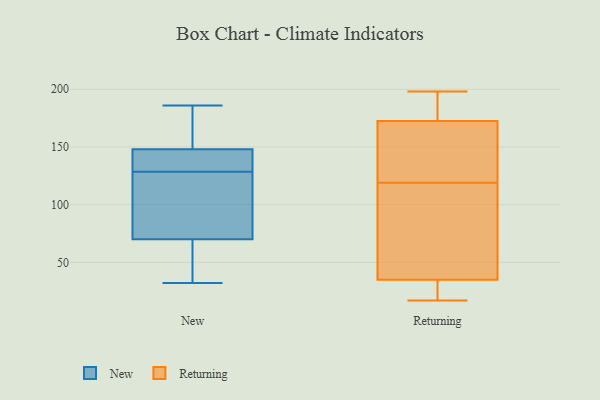
{"axis": {"x": "Population (Million)", "y": "Value"}, "legend": ["New", "Returning"], "data": [{"x": "", "y": 169, "type": "New"}, {"x": "", "y": 125, "type": "New"}, {"x": "", "y": 141, "type": "New"}, {"x": "", "y": 32, "type": "New"}, {"x": "", "y": 131, "type": "New"}, {"x": "", "y": 67, "type": "New"}, {"x": "", "y": 143, "type": "New"}, {"x": "", "y": 55, "type": "New"}, {"x": "", "y": 101, "type": "New"}, {"x": "", "y": 126, "type": "New"}, {"x": "", "y": 153, "type": "New"}, {"x": "", "y": 54, "type": "New"}, {"x": "", "y": 140, "type": "New"}, {"x": "", "y": 186, "type": "New"}, {"x": "", "y": 73, "type": "New"}, {"x": "", "y": 78, "type": "New"}, {"x": "", "y": 43, "type": "New"}, {"x": "", "y": 163, "type": "New"}, {"x": "", "y": 159, "type": "New"}, {"x": "", "y": 134, "type": "New"}, {"x": "", "y": 138, "type": "Returning"}, {"x": "", "y": 141, "type": "Returning"}, {"x": "", "y": 196, "type": "Returning"}, {"x": "", "y": 183, "type": "Returning"}, {"x": "", "y": 26, "type": "Returning"}, {"x": "", "y": 17, "type": "Returning"}, {"x": "", "y": 119, "type": "Returning"}, {"x": "", "y": 198, "type": "Returning"}, {"x": "", "y": 62, "type": "Returning"}, {"x": "", "y": 21, "type": "Returning"}, {"x": "", "y": 76, "type": "Returning"}]}